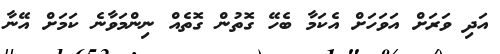
އަދި ވަރަށް އަވަހަށް އެކަމާ ބެހޭ ގޮތުން ގޮތެއް ނިންމަވާނެ ކަމަށް އޭނާ